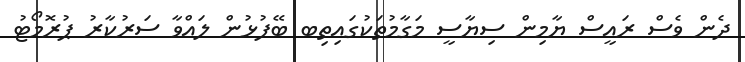
ދެން ވެސް ރައީސް ޔާމިން ސިޔާސީ މަގާމުތަކުގައިތިބ ބޭފުޅުން ލައްވާ ސަރުކާރު ޕުރޮމޯޓު